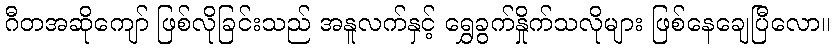
ဂီတအဆိုကျော် ဖြစ်လိုခြင်းသည် အနူလက်နှင့် ရွှေခွက်နှိုက်သလိုများ ဖြစ်နေချေပြီလော။